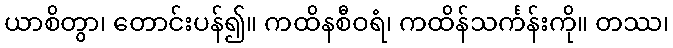
ယာစိတွာ၊ တောင်းပန်၍။ ကထိနစီဝရံ၊ ကထိန်သင်္ကန်းကို။ တဿ၊